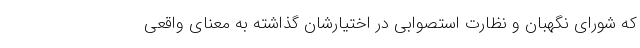
که شورای نگهبان و نظارت استصوابی در اختیارشان گذاشته به معنای واقعی